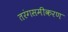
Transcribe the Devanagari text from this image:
तरंगसमीकरण